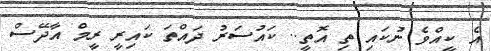
އެ ކީއްވެ ނުކައި ތި އޮތީ.. ކައުސަރު ދައްތަ ކައިރީ ރީމް އާދޭސް